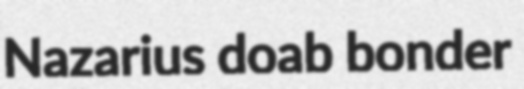
Nazarius doab bonder